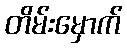
တိမ်းမှောက်